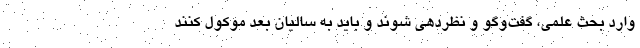
وارد بحث علمی، گفت‌وگو و نظردهی شوند و باید به سالیان بعد موکول کنند